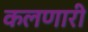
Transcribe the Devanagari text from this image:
कलणारी